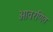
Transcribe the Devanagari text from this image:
आवरणित